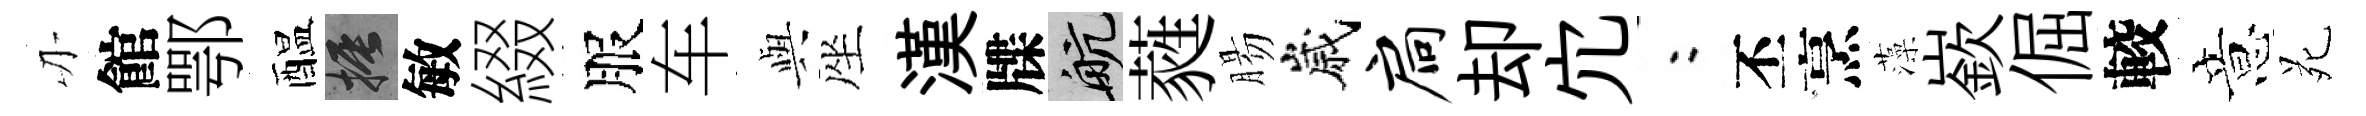
刃館鄂醖振敏綴服车𫤰座漢牒航蕤腸嵗扃却宂欸丕烹藻嶔倔較意苑